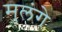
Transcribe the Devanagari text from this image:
मुलंगे